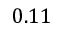
0 . 1 1